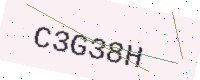
Text: C3G38H